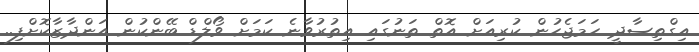
އިގްތިސާދީ ހަމަޖެހުން ކުރިއަށް އޮތް ތަނުގައި އިތުރުވާނެ ކަމަށް ވޯލްޑް ބޭންކުން އަންދާޒާކޮށްފި..